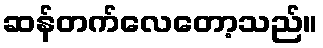
ဆန်တက်လေတော့သည်။